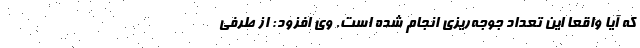
که آیا واقعا این تعداد جوجه‌ریزی انجام شده است. وی افزود: از طرفی